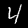
Label: 4